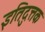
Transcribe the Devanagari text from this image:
इतिदुत्तक